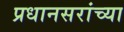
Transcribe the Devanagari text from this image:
प्रधानसरांच्या